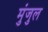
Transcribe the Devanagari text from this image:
मुंजुल